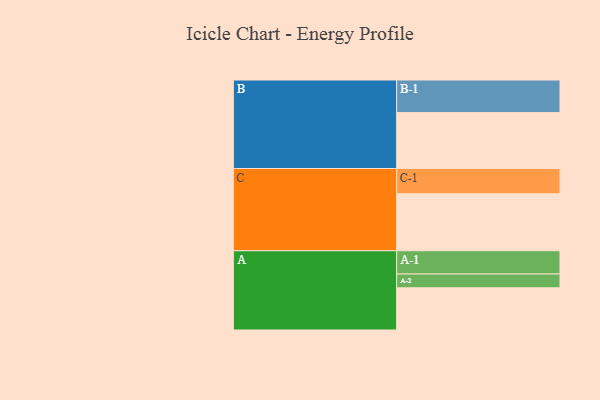
{"axis": {"x": "Segment", "y": "Value"}, "legend": ["", "A", "B", "C"], "data": [{"x": "A", "y": 352, "type": ""}, {"x": "B", "y": 466, "type": ""}, {"x": "C", "y": 475, "type": ""}, {"x": "A-1", "y": 194, "type": "A"}, {"x": "A-2", "y": 115, "type": "A"}, {"x": "B-1", "y": 272, "type": "B"}, {"x": "C-1", "y": 211, "type": "C"}]}